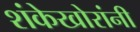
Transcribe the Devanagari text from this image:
शंकेखोरांनी